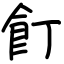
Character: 飣